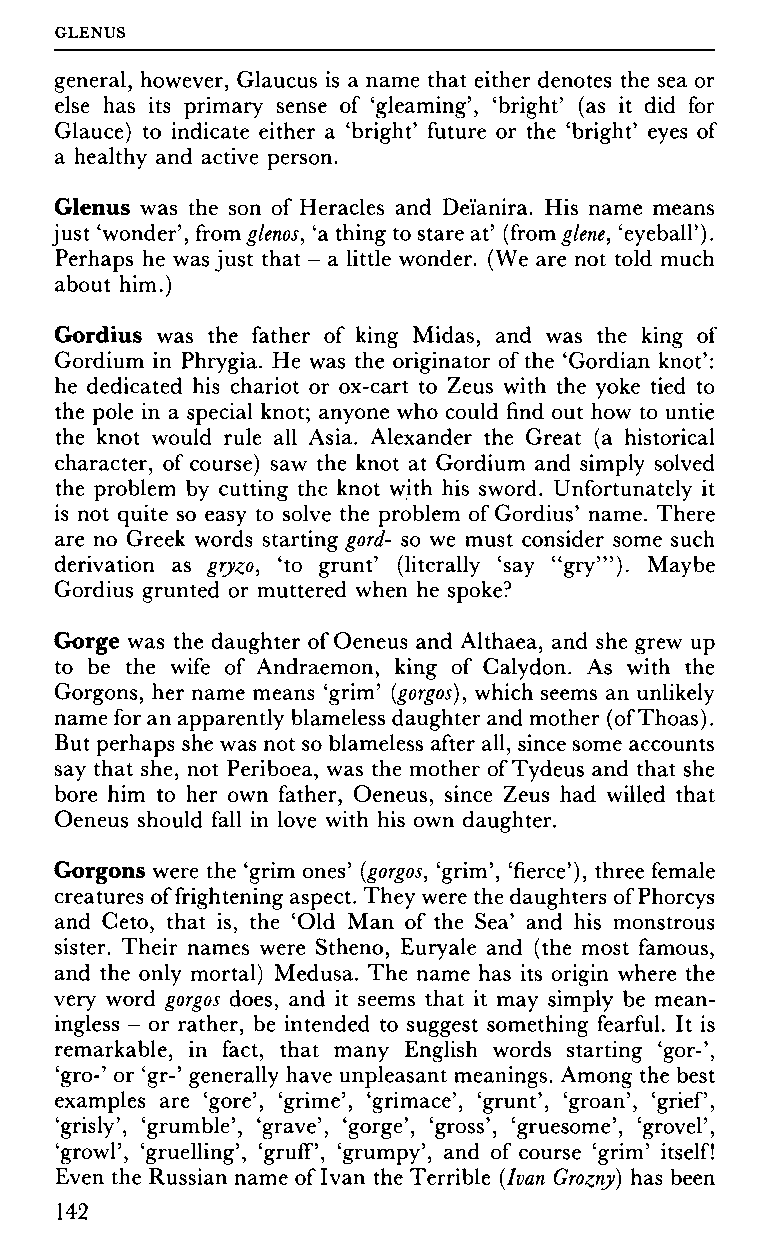
GLENUS
 general, however, Glaucus is a name that either denotes the sea or
 else has its primary sense of 'gleaming', 'bright' (as it did for
 Glauce) to indicate either a 'bright' future or the 'bright' eyes of
 a healthy and active person.
 Glenus was the son of Heracles and Dei'anira. His name means
 just 'wonder', fromglenos, 'a thing to stare at' (from glene, 'eyeball').
 Perhaps he was just that - a little wonder. (We are not told much
 about him.)
 Gordius was the father of king Midas, and was the king of
 Gordium in Phrygia. He was the originator of the 'Gordian knot':
 he dedicated his chariot or ox-cart to Zeus with the yoke tied to
 the pole in a special knot; anyone who could find out how to untie
 the knot would rule all Asia. Alexander the Great (a historical
 character, of course) saw the knot at Gordium and simply solved
 the problem by cutting the knot with his sword. Unfortunately it
 is not quite so easy to solve the problem of Gordius' name. There
 are no Greek words starting gord- so we must consider some such
 derivation as gryzo, 'to grunt' (literally 'say "gry"'). Maybe
 Gordius grunted or muttered when he spoke?
 Gorge was the daughter of Oeneus and Althaea, and she grew up
 to be the wife of Andraemon, king of Calydon. As with the
 Gorgons, her name means 'grim' (gorgos), which seems an unlikely
 name for an apparently blameless daughter and mother (of Thoas).
 But perhaps she was not so blameless after all, since some accounts
 say that she, not Periboea, was the mother of Tydeus and that she
 bore him to her own father, Oeneus, since Zeus had willed that
 Oeneus should fall in love with his own daughter.
 Gorgons were the 'grim ones' (gorgos, 'grim', 'fierce'), three female
 creatures of frightening aspect. They were the daughters of Phorcys
 and Ceto, that is, the 'Old Man of the Sea' and his monstrous
 sister. Their names were Stheno, Euryale and (the most famous,
 and the only mortal) Medusa. The name has its origin where the
 very word gorgos does, and it seems that it may simply be mean
 ingless - or rather, be intended to suggest something fearful. It is
 remarkable, in fact, that many English words starting 'gor-',
 'gro-' or 'gr-' generally have unpleasant meanings. Among the best
 examples are 'gore', 'grime', 'grimace', 'grunt', 'groan', 'grief,
 'grisly', 'grumble', 'grave', 'gorge', 'gross', 'gruesome', 'grovel',
 'growl', 'gruelling', 'gruff', 'grumpy', and of course 'grim' itself!
 Even the Russian name of Ivan the Terrible (Ivan Grozny) has been
 142